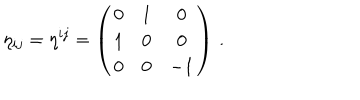
\eta _ { i j } = \eta ^ { i j } = \left( \begin{matrix} { { 0 } } & { { 1 } } & { { 0 } } \\ { { 1 } } & { { 0 } } & { { 0 } } \\ { { 0 } } & { { 0 } } & { { - 1 } } \\ \end{matrix} \right) \, .